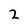
Character: 2